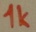
Text: 1k